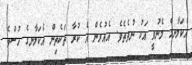
އެކަލާނގެ މެނުވީ އަކު ނުވެތެވެ. އެއުރެން އެ ކުރާ ތަކެތިން އެކަލާނގެ ހުސްވެ